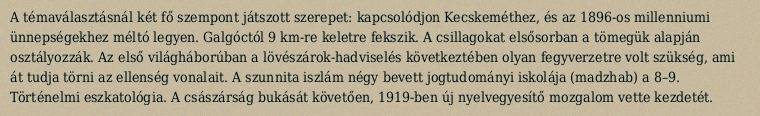
A témaválasztásnál két fő szempont játszott szerepet: kapcsolódjon Kecskeméthez, és az 1896-os millenniumi ünnepségekhez méltó legyen. Galgóctól 9 km-re keletre fekszik. A csillagokat elsősorban a tömegük alapján osztályozzák. Az első világháborúban a lövészárok-hadviselés következtében olyan fegyverzetre volt szükség, ami át tudja törni az ellenség vonalait. A szunnita iszlám négy bevett jogtudományi iskolája (madzhab) a 8–9. Történelmi eszkatológia. A császárság bukását követően, 1919-ben új nyelvegyesítő mozgalom vette kezdetét.